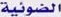
الضوئیة